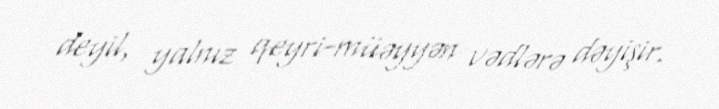
deyil, yalnız qeyri-müəyyən vədlərə dəyişir.